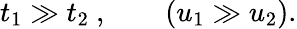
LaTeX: t_{1}\gg t_{2}~,\qquad(u_{1}\gg u_{2}).